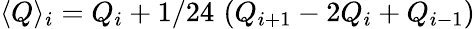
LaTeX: \langle Q\rangle_{i}=Q_{i}+1/24\, \, (Q_{i+1}-2Q_{i}+Q_{i-1})